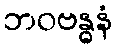
ဘဝဗန္ဓနံ